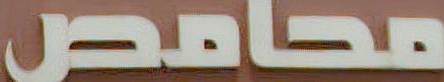
محامص